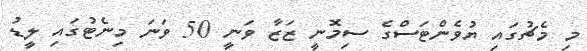
މި މެޗުގައި ޔުވެންޓަސްގެ ސިމޮނީ ޒަޒާ ވަނީ 50 ވަނަ މިނެޓުގައި ލީޑު